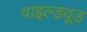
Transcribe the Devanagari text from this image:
वाइल्डवूड